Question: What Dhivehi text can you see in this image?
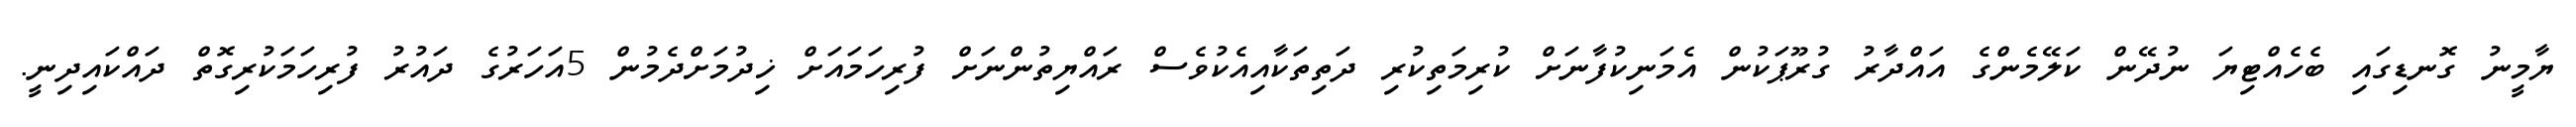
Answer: ޔާމީނު ގޮނޑިގައި ބެހެއްޓިޔަ ނުދޭން ކަލޭމެންގެ އައްދާރު ގުރޫޕަކުން އެމަނިކުފާނަށް ކުރިމަތިކުރި ދަތިތަކާއިއެކުވެސް ރައްޔިތުންނަށް ފުރިހަމައަށް ޚިދުމަށްދެމުން 5އަހަރުގެ ދައުރު ފުރިހަމަކުރިގޮތް ދައްކައިދިނީ.